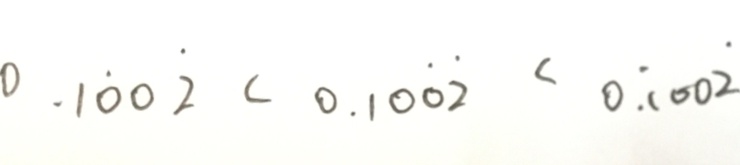
0 . 1 \dot { 0 } 0 \dot { 2 } < 0 . 1 0 \dot { 0 } \dot { 2 } < 0 . \dot { 1 } 0 0 \dot { 2 }